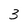
Character: 3